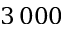
3 \, 0 0 0